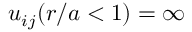
u _ { i j } ( r / a < 1 ) = \infty